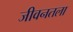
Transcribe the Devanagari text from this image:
जीवनतला